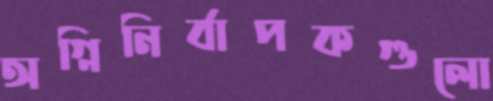
অগ্নিনির্বাপকগুলো